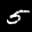
Label: 5